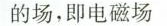
的场，即电磁场